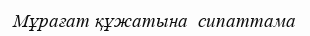
Мұрағат құжатына  сипаттама